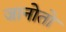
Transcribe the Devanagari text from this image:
जानोतो